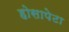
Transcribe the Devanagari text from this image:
होसापेटा